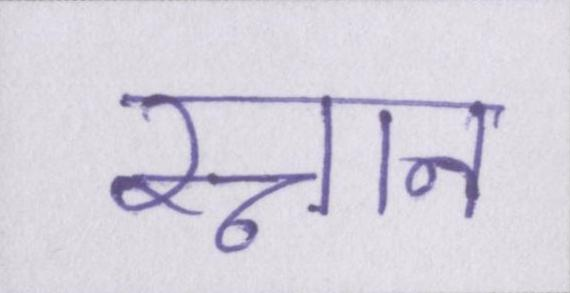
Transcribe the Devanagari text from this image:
स्नान